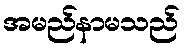
အမည်နာမသည်